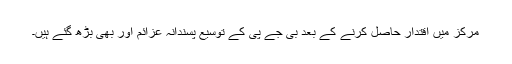
مرکز میں اقتدار حاصل کرنے کے بعد بی جے پی کے توسیع پسندانہ عزائم اور بھی بڑھ گئے ہیں۔